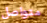
متواصل